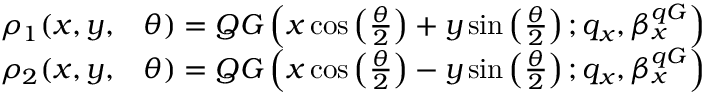
\begin{array} { r l } { \rho _ { 1 } ( x , y , } & { { } \theta ) = Q G \left( x \cos \left( \frac { \theta } { 2 } \right) + y \sin \left( \frac { \theta } { 2 } \right) ; q _ { x } , \beta _ { x } ^ { q G } \right) } \\ { \rho _ { 2 } ( x , y , } & { { } \theta ) = Q G \left( x \cos \left( \frac { \theta } { 2 } \right) - y \sin \left( \frac { \theta } { 2 } \right) ; q _ { x } , \beta _ { x } ^ { q G } \right) } \end{array}